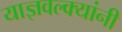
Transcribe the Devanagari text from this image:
याज्ञवल्क्यांनी